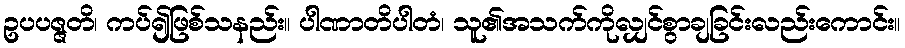
ဥပပဇ္ဇတိ၊ ကပ်၍ဖြစ်သနည်း။ ပါဏာတိပါတံ၊ သူ၏အသက်ကိုလျှင်စွာချခြင်းလည်းကောင်း။